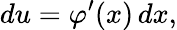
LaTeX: du=\varphi^{\prime}(x)\, dx,